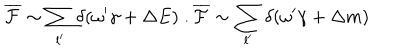
\overline { { { \cal F } } } \sim \sum _ { l ^ { \prime } } \delta ( \omega ^ { \prime } \gamma + \Delta E ) \; . \overline { { { \cal F } } } \sim \sum _ { l ^ { \prime } } \delta ( \omega ^ { \prime } \gamma + \Delta m )